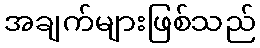
အချက်များဖြစ်သည်